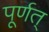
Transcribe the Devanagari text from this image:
पूर्णत्